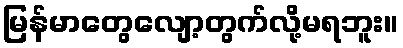
မြန်မာတွေလျော့တွက်လို့မရဘူး။